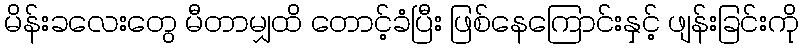
မိန်းခလေးတွေ မီတာမျှထိ တောင့်ခံပြီး ဖြစ်နေကြောင်းနှင့် ဖျန်းခြင်းကို